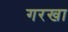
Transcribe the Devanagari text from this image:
गरखा